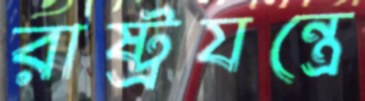
রাষ্ট্রযন্ত্রে